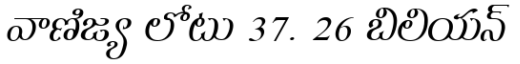
వాణిజ్య లోటు 37. 26 బిలియన్